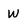
Character: W